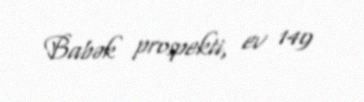
Babək prospekti, ev 149